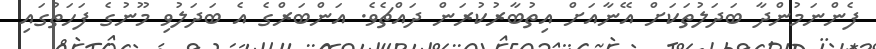
ފެންނަމުންދާ ބަދަލުތަކަށް އޭނާއަށް އިތުބާރުކުރަން ދައްޗެވެ. އަންބަރްގެ އެ ބަދަލުވި މޫނުގެ ފަހަތުގައި